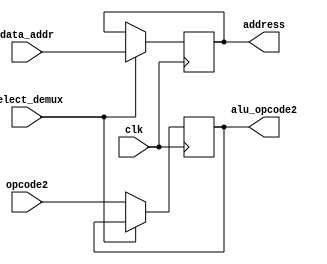
`timescale 1ns / 1ps
//////////////////////////////////////////////////////////////////////////////////
// Company: 
// Engineer: 
// 
// Design Name: 
// Module Name:    A5_DATA_ALU_DEMUX 
// Project Name: 
// Target Devices: 
// Tool versions: 
// Description: 
//
// Dependencies: 
//
// Revision: 
// Revision 0.01 - File Created
// Additional Comments: 
//
//////////////////////////////////////////////////////////////////////////////////
module A5_DATA_ALU_DEMUX(clk, data_addr, opcode2, select_demux, address, alu_opcode2
    );

input clk, select_demux;
input [11:0] data_addr;
input [7:0] opcode2;

output reg [11:0] address;
output reg [7:0] alu_opcode2;

always @(posedge clk)
begin
		if (select_demux)
		begin
				address = data_addr; 
		end
		
		else
		begin
				alu_opcode2 = opcode2;
		end
end

endmodule